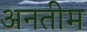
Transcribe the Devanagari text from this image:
अनतीम